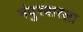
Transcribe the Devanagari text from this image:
नंदुरबारला